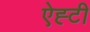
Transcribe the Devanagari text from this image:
ऐह्टी